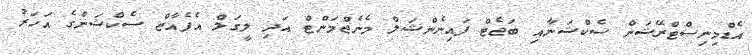
އެޑްމިނިސްޓްރޭޝަން ސެކްޝަނާއި ބަޖެޓް ފައިނެންޝަލް މެނެޖްމަންޓް އަދި ލީގަލް އެފެއާޒް ސެކްޝަންގެ އަހަރު